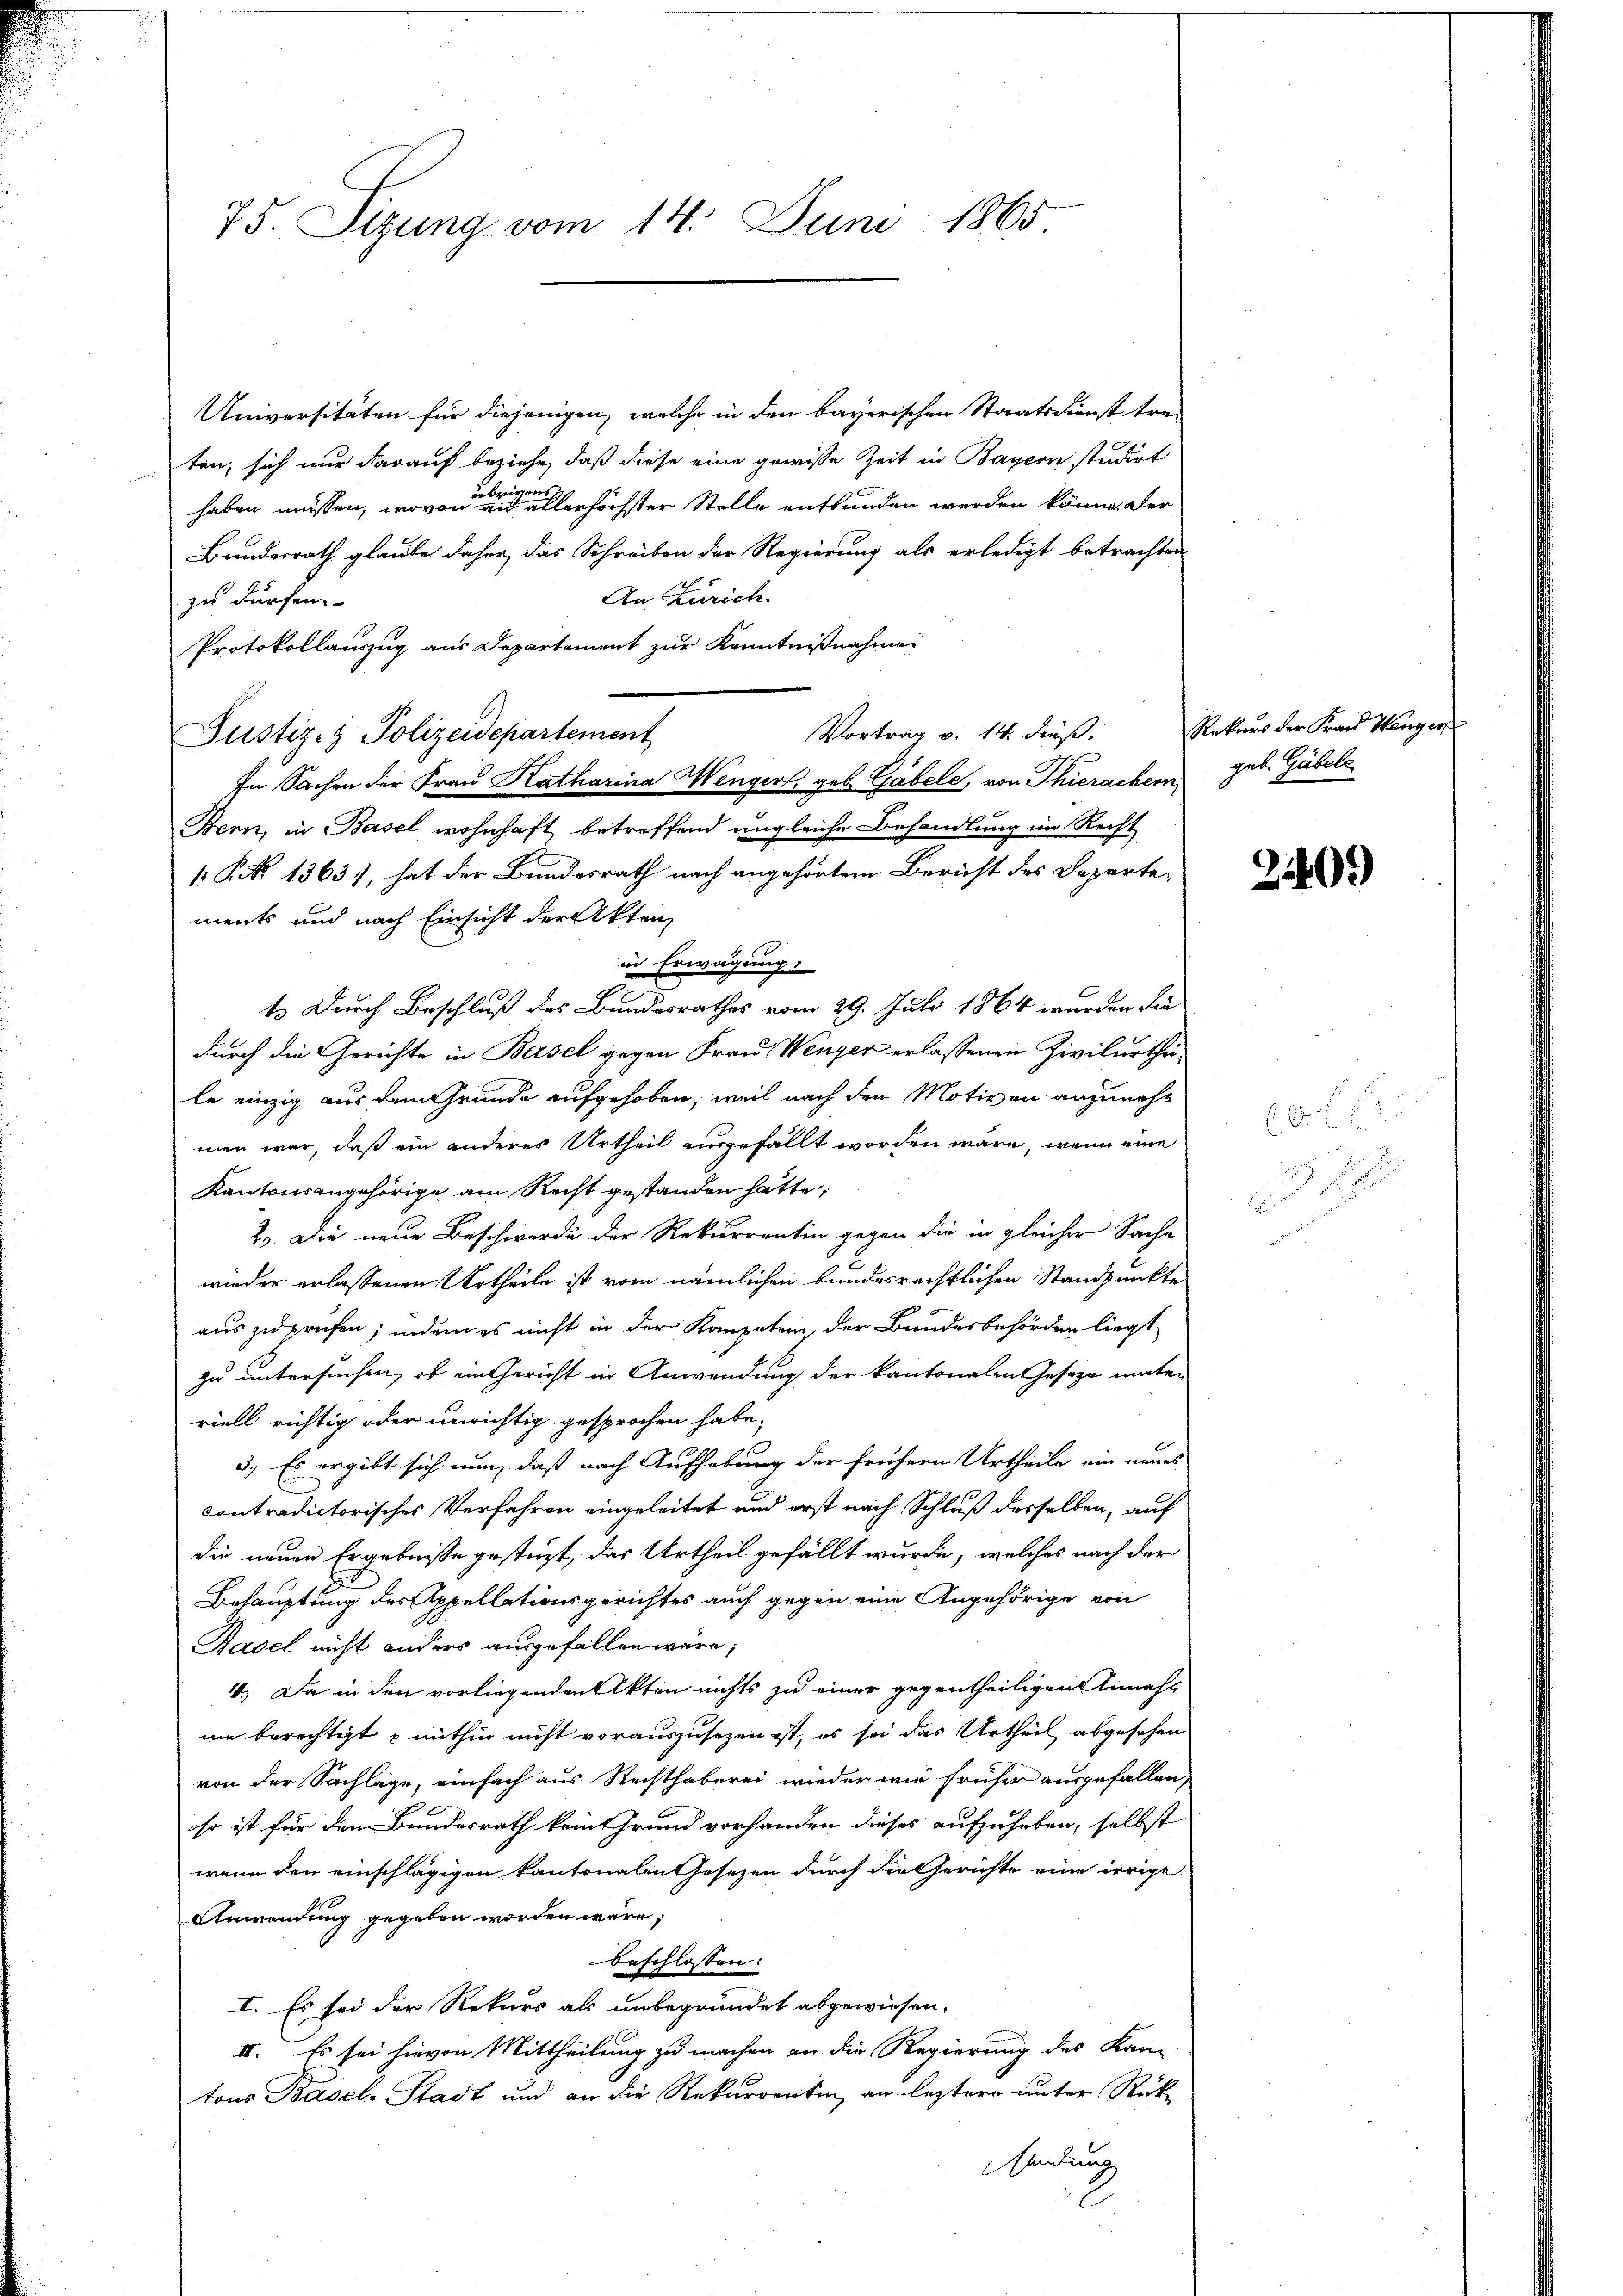
75. Sizung vom 14. Juni 1865

Universitäten für diejenigen, welche in den bayerischen Staatsdienst trei
ten, sich nur darauf beziehe, daß diese eine gewisse Zeit in Bayern studirt
übrige
haben müssen, wovon an allerhöchster Stelle entbunden werden könne. Der
Bundesrath glaube daher, das Schreiben der Regierung als erledigt betrachten
An Zürich.
zu dürfen.
Protokollauszug aus Departement zur Kenntnißnahme
Vortrag v. 14. dieß.
Justiz- & Polizeidepartement
In Sachen der Frau Katharina Wengers geb. Gabele, von Thierachern geb. Gabele
Bern, in Basel wohnhaft betreffend ungleiche Behandlung im Recht
1 P. No 1363), hat der Bundesrath nach angehörtem Bericht des Departements und nach Einsicht der Akten
1
in Erwägung:
t. Durch Beschluß des Bundesrathes vom 29. Juli 1864 wurden die
durch die Gerichte in Basel gegen Frau Wenger erlassenen Zivilurtheile einzig aus dem Grunde aufgehoben, weil nach den Motiven anzunehmen war, daß ein anderes Urtheil ausgefällt worden wäre, wenn eine
Kantonsangehörige am Recht gestanden hätte
2. Die neue Beschwerde der Rekurrentin gegen die in gleicher Sache
wieder erlassenen Urtheile ist vom nämlichen bundesrechtlichen Standpunkte
auszuprüfen, indem es nicht in der Kompetenz der Bundesbehörden liegt
zu untersuchen, ob ein Gericht in Anwendung der kantonalen Gesetze mate-
riell richtig oder unrichtig gesprochen habe;
3.) Es ergibt sich nun, daß nach Aufhebung der frühern Urtheile ein neues
contradictorisches Verfahren eingeleitet und erst nach Schluß desselben, auf
die neuen Ergebnisse gestüzt, das Urtheil gefällt wurde, welches nach der
Behauptung des Appellationsgerichtes auch gegen eine Angehörige von
Basel nicht anders ausgefallen wäre;
4., Da in den vorliegenden Akten nichts zu einer gegentheiligen Timahl
me berechtigt mithin nicht vorauszusezen ist, es sei das Urtheil abgesehen
von der Sachläge, einfach aus Rechthaberei wieder wie früher ausgefallen,
so ist für den Bundesrath kein Grund vorhanden dieses aufzuheben, selbst
wenn den einschlägigen kantonalen Gesetzen durch die Gerichte eine irrige
Anwendung gegeben worden wäre;
beschlossen:
I. Es sei der Rekurs als unbegründet abgewiesen.
II. Es sei hievon Mittheilung zu machen an die Regierung des Kan
tons Basel-Stadt und an die Rekurrentin, an leztere unter Rück-
sendung

Rekurs der Frand Wanger

3409

h